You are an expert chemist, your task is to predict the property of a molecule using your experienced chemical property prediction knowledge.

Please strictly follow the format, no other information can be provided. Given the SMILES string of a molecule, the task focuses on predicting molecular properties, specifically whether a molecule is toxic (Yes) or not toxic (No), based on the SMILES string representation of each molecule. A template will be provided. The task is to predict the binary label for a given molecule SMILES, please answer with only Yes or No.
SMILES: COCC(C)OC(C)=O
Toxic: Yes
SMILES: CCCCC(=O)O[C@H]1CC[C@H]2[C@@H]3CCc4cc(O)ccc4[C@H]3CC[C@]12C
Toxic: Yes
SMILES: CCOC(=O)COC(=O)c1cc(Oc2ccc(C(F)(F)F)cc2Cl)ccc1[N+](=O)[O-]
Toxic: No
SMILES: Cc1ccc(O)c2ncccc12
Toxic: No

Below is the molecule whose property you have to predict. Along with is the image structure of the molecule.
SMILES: c1ccc(OP(Oc2ccccc2)Oc2ccccc2)cc1
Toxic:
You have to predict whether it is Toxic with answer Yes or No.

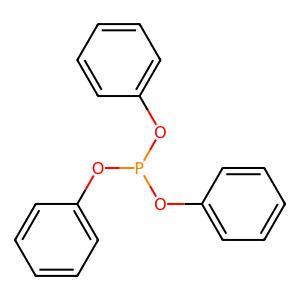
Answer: No